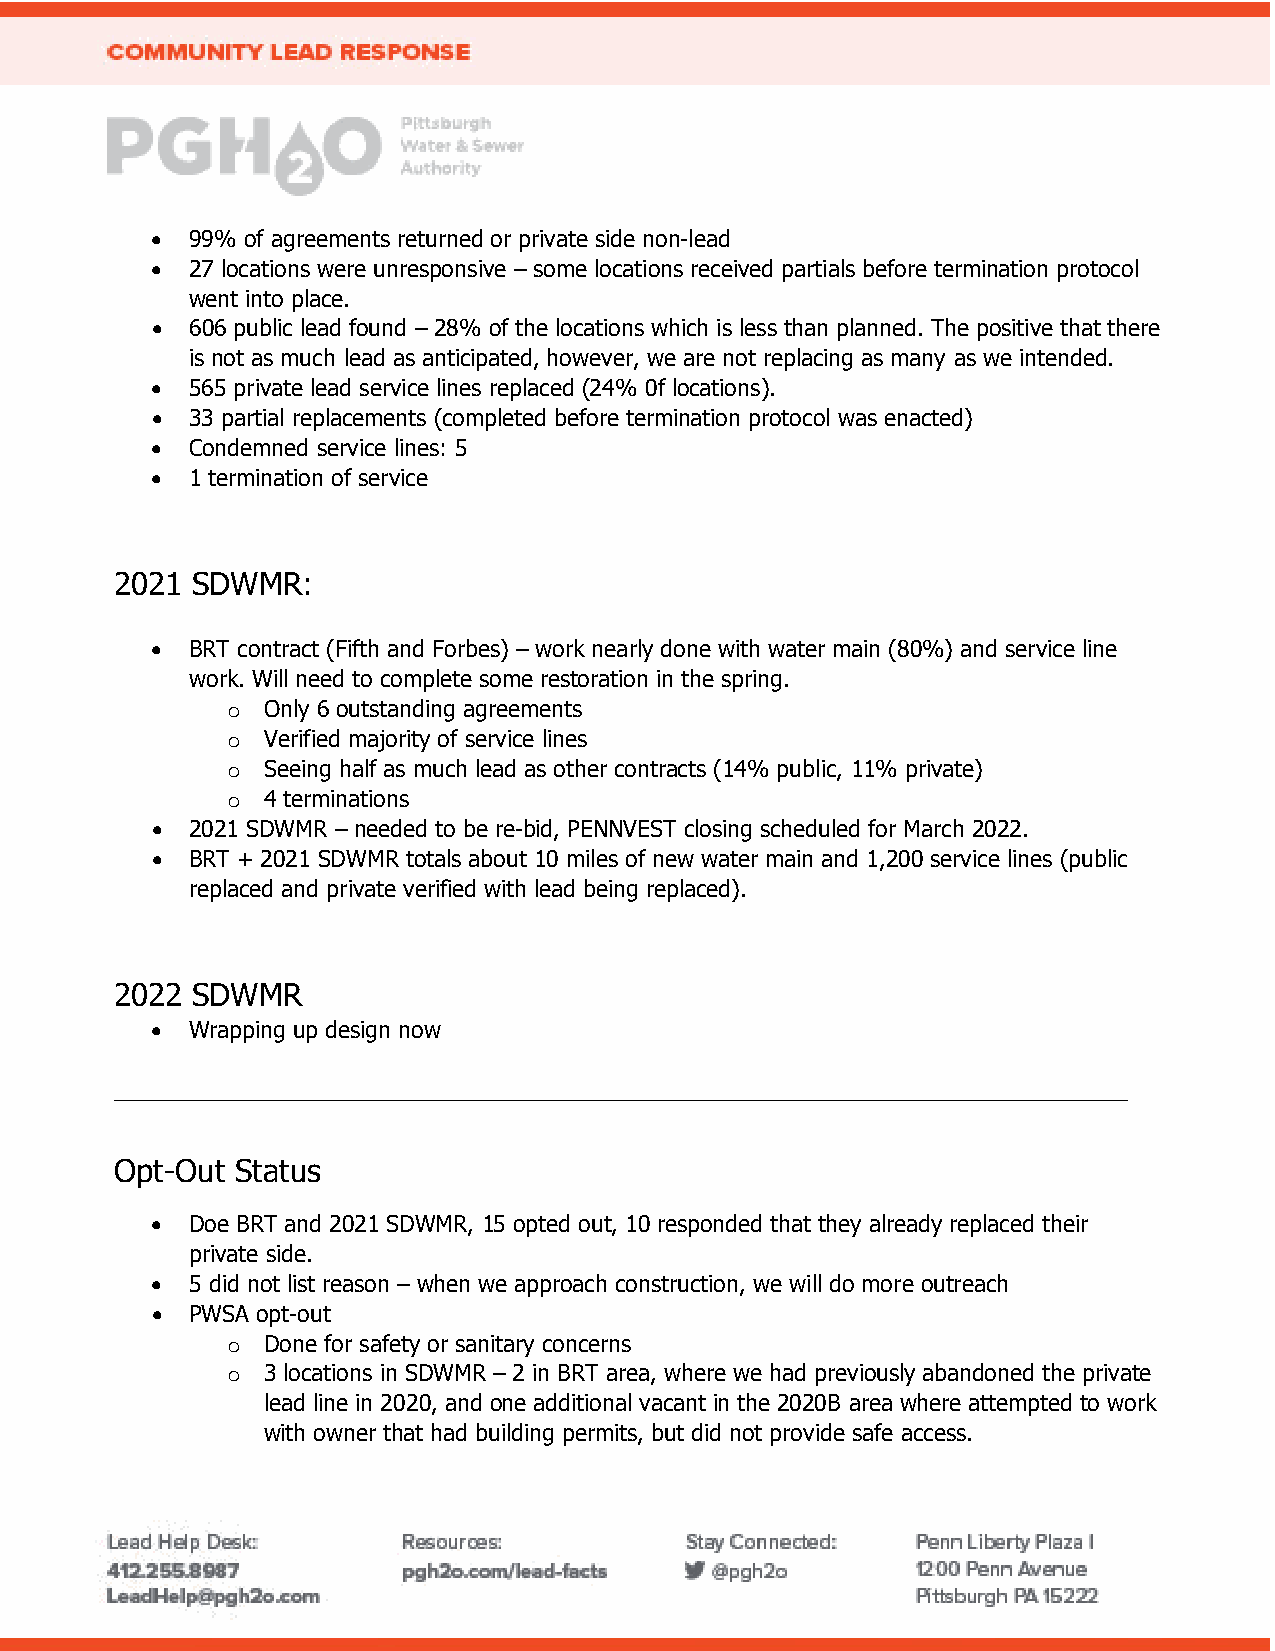
•  99% of agreements returned or private side non-lead
 •  27 locations were unresponsive – some locations received partials before termination protocol
 went into place.
 •  606 public lead found – 28% of the locations which is less than planned. The positive that there
 is not as much lead as anticipated, however, we are not replacing as many as we intended.
 •  565 private lead service lines replaced (24% 0f locations).
 •  33 partial replacements (completed before termination protocol was enacted)
 •  Condemned service lines: 5
 •  1 termination of service
 2021 SDWMR:
 •  BRT contract (Fifth and Forbes) – work nearly done with water main (80%) and service line
 work. Will need to complete some restoration in the spring.
 o Only 6 outstanding agreements
 o Verified majority of service lines
 o Seeing half as much lead as other contracts (14% public, 11% private)
 o 4 terminations
 •  2021 SDWMR – needed to be re-bid, PENNVEST closing scheduled for March 2022.
 •  BRT + 2021 SDWMR totals about 10 miles of new water main and 1,200 service lines (public
 replaced and private verified with lead being replaced).
 2022 SDWMR
 •  Wrapping up design now
 _________________________________________________________________________________
 Opt-Out Status
 •  Doe BRT and 2021 SDWMR, 15 opted out, 10 responded that they already replaced their
 private side.
 •  5 did not list reason – when we approach construction, we will do more outreach
 •  PWSA opt-out
 o Done for safety or sanitary concerns
 o 3 locations in SDWMR – 2 in BRT area, where we had previously abandoned the private
 lead line in 2020, and one additional vacant in the 2020B area where attempted to work
 with owner that had building permits, but did not provide safe access.